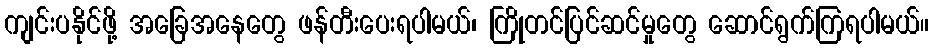
ကျင်းပနိုင်ဖို့ အခြေအနေတွေ ဖန်တီးပေးရပါမယ်၊ ကြိုတင်ပြင်ဆင်မှုတွေ ဆောင်ရွက်ကြရပါမယ်။